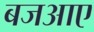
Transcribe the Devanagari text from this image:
बजआए